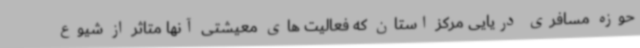
حوزه مسافری دریایی مرکز استان که فعالیت های معیشتی آنها متاثر از شیوع